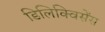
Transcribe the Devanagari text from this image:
डिलिक्विसेंस